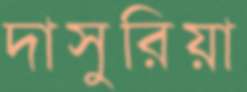
দাসুরিয়া